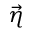
\vec { \eta }